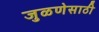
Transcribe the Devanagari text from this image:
जुळणेसाठी